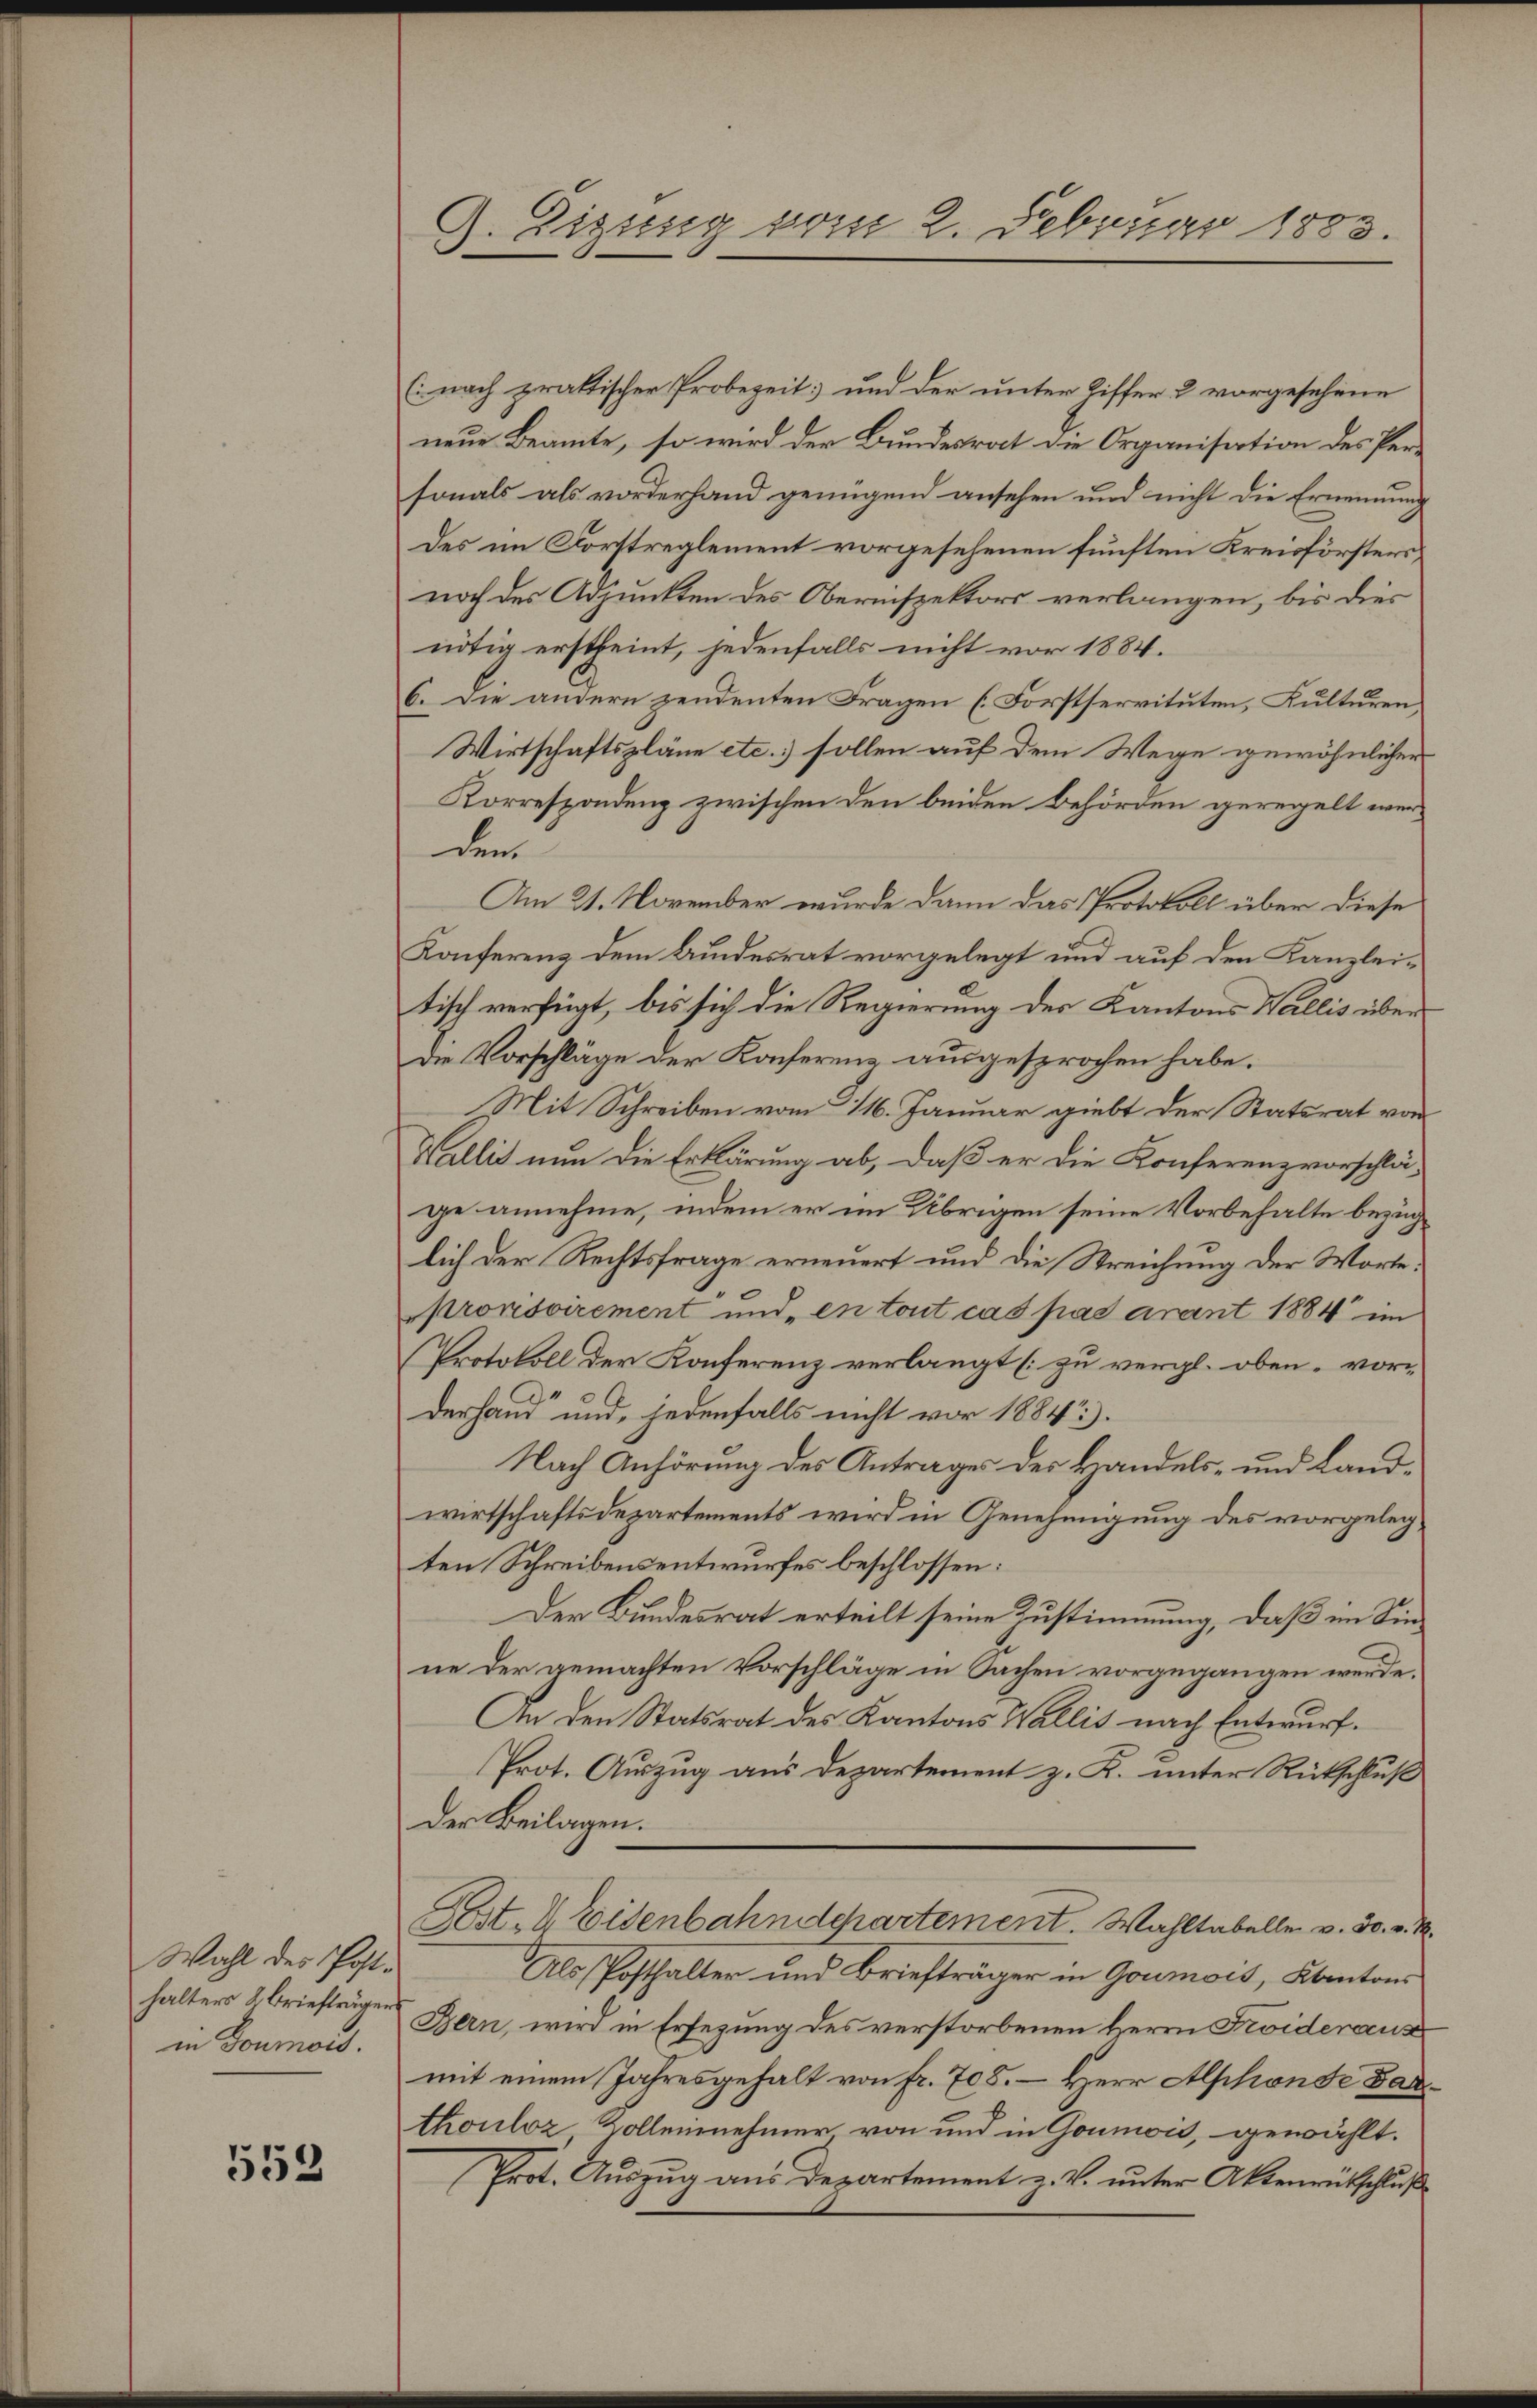
Wahl des Posthalters 2. Briefträgers
in Goumors.

553

A. Sigung vom 2. Februar 1883.
.

(nach praktischer Probezeit; und der unter Riffer & vorgesehene
neue Beamte, so wird der Bundesrat die Organisation des Personals als vorderhand genügend ansehen und nicht die Ernennung
des im Forttreglement vorgesehenen fünften Kreisförstersnoch des Adjunkten des Oberinspektors verlangen, bis dies
nötig erstheint, jedenfalls nicht vor 1884.
6. Die andern zendenten Fragen (Forstservituten, Kulturen,
Wirtschaftspläne etc. sollen auf dem Wege gewöhnlicher
Korrespondenz zwischen den beiden Behörden geregelt werdem
Am 21. November wurde dann das Protokoll über diese
Konferenz dem Bundesrat vorgelegt und auf den Kanzleitisch verfügt, bis sich die Regierung des Kantons Wallis über
Die Vorschläge der Konferenz ausgesprochen habe.
Mit Schreiben vom 116. Januar giebt der Statsrat von
Wallis nun die Erklärung ab, daß er die Konferenzvorschlä-
ge annehme, indem er im Übrigen seine Vorbehalte bezüglich der Rechtsfrage erneuert und die Streichung der Worte:
provisoirement und „en tout cas pas avant 1884 im
Protokoll der Konferenz verlangt zu vergl. oben - vor-
derhand“ und, jedenfalls nicht vor 1884).
Nach Anhörung des Antrages der Handels- und Landwirtschaftsdepartements wird in Genehmigung des vorgelegten Schreibensentwurfes beschlossen:
Der Bundesrat erteilt seine Zustimmung, daß im Sinne der gemachten Vorschläge in Sachen vorgegangen werde.
An den Statsrat des Kantons Wallis nach Entwurf.
Prot. Auszug aus Departement z. K. unter Rütschluß
Der Beilagen.
Lost- & Eisenbahndepartement. Wahltabeller v. 30. v. M.
Als Posthalter und Briefträger in Goumois, Kantons
Bern, wird in Ersezung des verstorbenen Herrn Froideraus
mit einem Jahresgehalt von fr. 705. – Herr Alphonde Bauthouloz Kolleinehmer von und in Goumon, gewählt.
Prot. Auszug aus Departement z. V. unter Aktenrütschluß